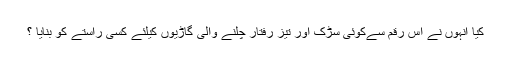
کیا انہوں نے اس رقم سےکوئى سڑک اور تیز رفتار چلنے والى گاڑیوں کیلئے کسى راستے کو بنایا ؟